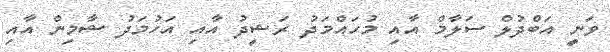
ވަނީ އަބްދުލް ސަލާމް އާއި މުހައްމަދު ރަޝީދު އާއި އަހުމަދު ޝާމިން އާއި